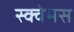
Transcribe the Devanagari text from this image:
स्क्वेमस